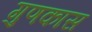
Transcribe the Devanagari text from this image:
गुणकास